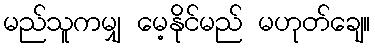
မည်သူကမျှ မေ့နိုင်မည် မဟုတ်ချေ။